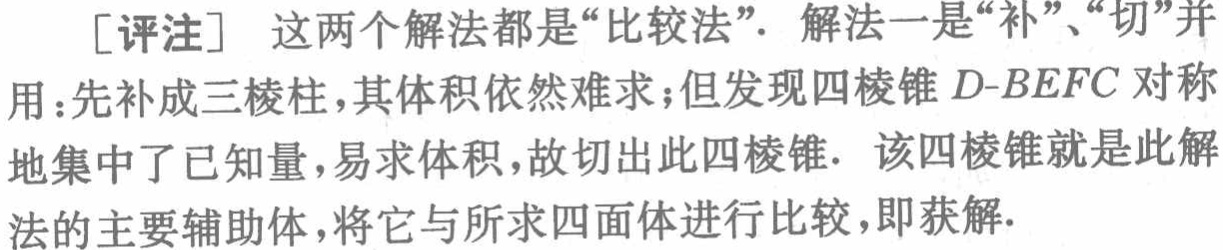
[评注] 这两个解法都是“比较法”. 解法一是“补”、“切”并用：先补成三棱柱，其体积依然难求；但发现四棱锥 \(D - BEFC\) 对称地集中了已知量，易求体积，故切出此四棱锥. 该四棱锥就是此解法的主要辅助体，将它与所求四面体进行比较，即获解.